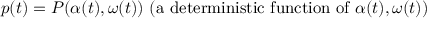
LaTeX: p ( t ) = P ( \alpha ( t ) , \omega ( t ) ) { \mathrm { ~ ( a ~ d e t e r m i n i s t i c ~ f u n c t i o n ~ o f ~ } } \alpha ( t ) , \omega ( t ) { \mathrm { ) } }